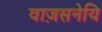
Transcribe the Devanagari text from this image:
वाज़सनेयि